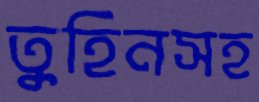
তুহিনসহ